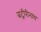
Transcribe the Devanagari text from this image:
बद्रीरीनाथ